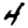
Digit: 4